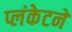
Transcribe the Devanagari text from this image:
प्लंकेटने